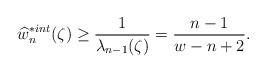
LaTeX: \begin{align*}\widehat{w}_{n}^{\ast int}(\zeta) \geq \frac{1}{\lambda_{n-1}(\zeta)}= \frac{n-1}{w-n+2}.\end{align*}